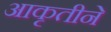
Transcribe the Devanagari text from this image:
आकृतीने